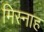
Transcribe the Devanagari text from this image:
मिस्नाह